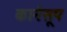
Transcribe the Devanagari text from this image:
कार्नसूप